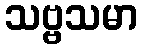
သဗ္ဗသမာ